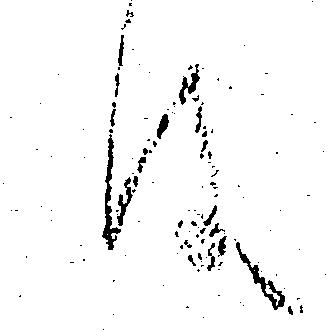
は